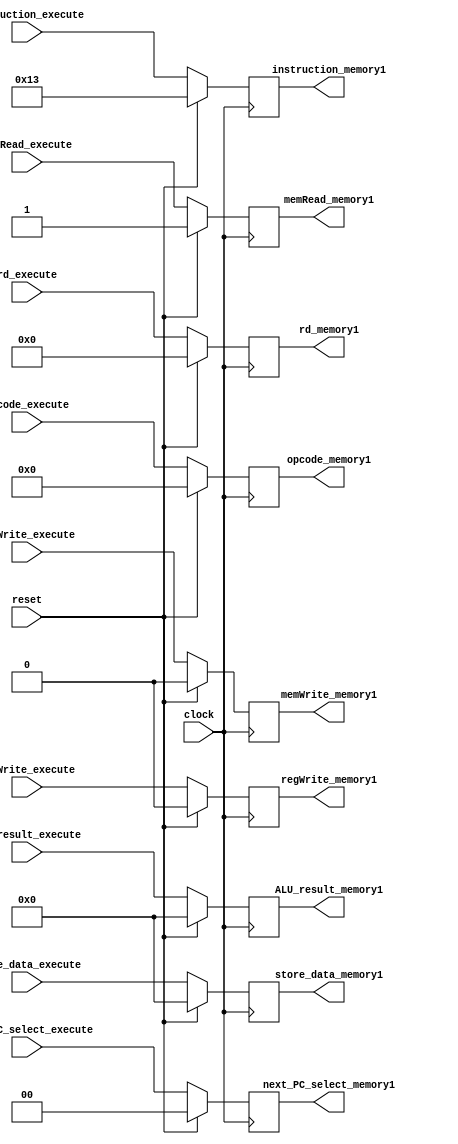
/** @module : execute_pipe_unit
 *  @author : Adaptive & Secure Computing Systems (ASCS) Laboratory

 *  Copyright (c) 2018 BRISC-V (ASCS/ECE/BU)
 *  Permission is hereby granted, free of charge, to any person obtaining a copy
 *  of this software and associated documentation files (the "Software"), to deal
 *  in the Software without restriction, including without limitation the rights
 *  to use, copy, modify, merge, publish, distribute, sublicense, and/or sell
 *  copies of the Software, and to permit persons to whom the Software is
 *  furnished to do so, subject to the following conditions:
 *  The above copyright notice and this permission notice shall be included in
 *  all copies or substantial portions of the Software.

 *  THE SOFTWARE IS PROVIDED "AS IS", WITHOUT WARRANTY OF ANY KIND, EXPRESS OR
 *  IMPLIED, INCLUDING BUT NOT LIMITED TO THE WARRANTIES OF MERCHANTABILITY,
 *  FITNESS FOR A PARTICULAR PURPOSE AND NONINFRINGEMENT. IN NO EVENT SHALL THE
 *  AUTHORS OR COPYRIGHT HOLDERS BE LIABLE FOR ANY CLAIM, DAMAGES OR OTHER
 *  LIABILITY, WHETHER IN AN ACTION OF CONTRACT, TORT OR OTHERWISE, ARISING FROM,
 *  OUT OF OR IN CONNECTION WITH THE SOFTWARE OR THE USE OR OTHER DEALINGS IN
 *  THE SOFTWARE.
 */
//////////////////////////////////////////////////////////////////////////////////


module execute_pipe_unit #(
  parameter DATA_WIDTH = 32,
  parameter ADDRESS_BITS = 20
) (
  input clock,
  input reset,

  input [DATA_WIDTH-1:0] ALU_result_execute,
  input [DATA_WIDTH-1:0] store_data_execute,
  input [4:0] rd_execute,
  input [6:0] opcode_execute,
  input [1:0] next_PC_select_execute,
  input memRead_execute,
  input memWrite_execute,
  input regWrite_execute,
  input [DATA_WIDTH-1:0] instruction_execute,

  output reg [DATA_WIDTH-1:0] ALU_result_memory1,
  output reg [DATA_WIDTH-1:0] store_data_memory1,
  output reg [4:0] rd_memory1,
  output reg [6:0] opcode_memory1,
  output reg [1:0] next_PC_select_memory1,
  output reg memRead_memory1,
  output reg memWrite_memory1,
  output reg regWrite_memory1,
  output reg [DATA_WIDTH-1:0] instruction_memory1

);

localparam NOP = 32'h00000013;

always @(posedge clock) begin
  if(reset) begin
    ALU_result_memory1     <= {DATA_WIDTH{1'b0}};
    store_data_memory1     <= {DATA_WIDTH{1'b0}};
    rd_memory1             <= 5'b0;
    opcode_memory1         <= 7'b0;
    memRead_memory1        <= 1'b1;
    memWrite_memory1       <= 1'b0;
    next_PC_select_memory1 <= 2'b0;
    regWrite_memory1       <= 1'b0;
    instruction_memory1    <= NOP;
  end else begin
    ALU_result_memory1     <= ALU_result_execute;
    store_data_memory1     <= store_data_execute;
    rd_memory1             <= rd_execute;
    opcode_memory1         <= opcode_execute;
    memRead_memory1        <= memRead_execute;
    memWrite_memory1       <= memWrite_execute;
    next_PC_select_memory1 <= next_PC_select_execute;
    regWrite_memory1       <= regWrite_execute;
    instruction_memory1    <= instruction_execute;
  end
end

endmodule